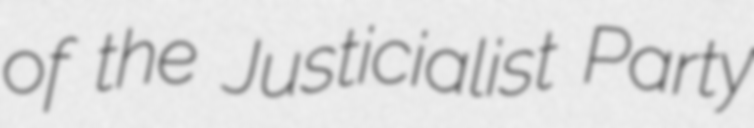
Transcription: of the Justicialist Party